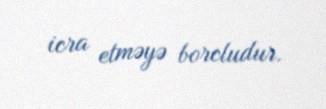
icra etməyə borcludur.